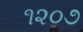
૧૨૦૭